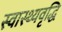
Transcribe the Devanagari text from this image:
स्वास्थ्यवृद्धि